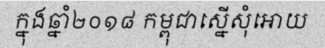
ក្នុងឆ្នាំ២០១៨ កម្ពុជាស្នើសុំអោយ